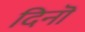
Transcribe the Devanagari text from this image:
दिनॊं